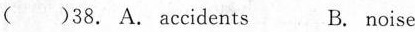
( )38. A. Accidents B. noise